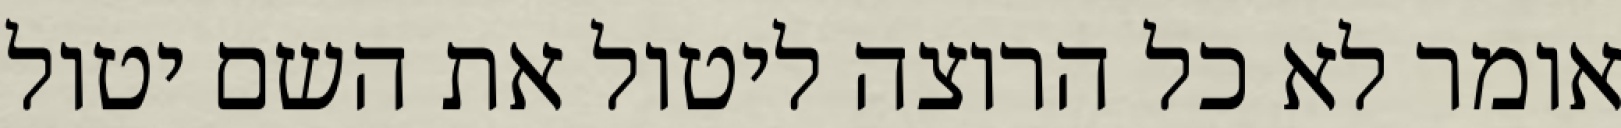
אומר לא כל הרוצה ליטול את השם יטול